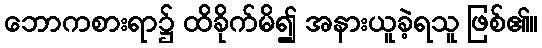
ဘောကစားရာ၌ ထိခိုက်မိ၍ အနားယူခဲ့ရသူ ဖြစ်၏။